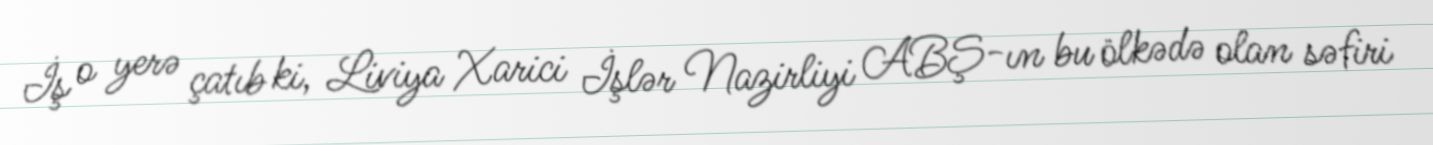
İş o yerə çatıb ki, Liviya Xarici İşlər Nazirliyi ABŞ-ın bu ölkədə olan səfiri